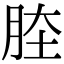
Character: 𦛏